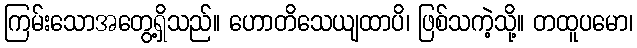
ကြမ်းသောအတွေ့ရှိသည်။ ဟောတိသေယျထာပိ၊ ဖြစ်သကဲ့သို့။ တထူပမော၊